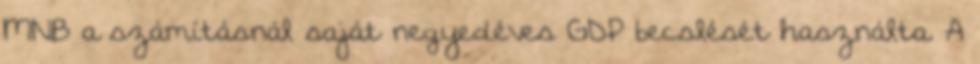
MNB a számításnál saját negyedéves GDP becslését használta. A